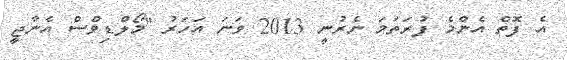
އެ ފޮތް އެންމެ ފުރަތަމަ ނެރުނީ 2013 ވަނަ އަހަރު "މޯލްޑިވްސް އެނާޖީ